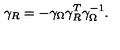
\gamma _ { R } = - \gamma _ { \Omega } \gamma _ { R } ^ { T } \gamma _ { \Omega } ^ { - 1 } .